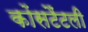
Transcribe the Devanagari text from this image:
कोंसटैंटली